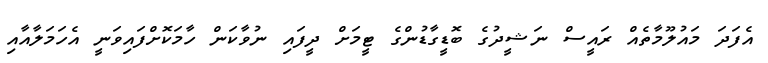
އެފަދަ މައުލޫމާތެއް ރައީސް ނަޝީދުގެ ބޮޑީގާޑުންގެ ޓީމަށް ދީފައި ނުވާކަން ހާމަކޮށްފައިވަނީ އެހަމަލާއާއި